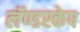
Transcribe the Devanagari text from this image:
लॅण्डस्केप